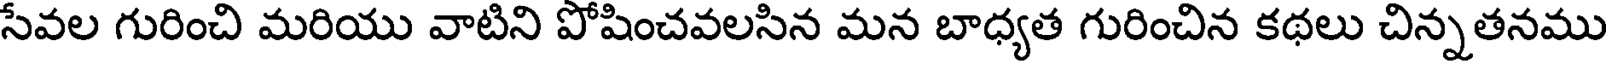
సేవల గురించి మరియు వాటిని పోషించవలసిన మన బాధ్యత గురించిన కథలు చిన్నతనము